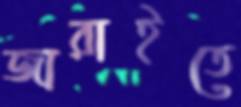
জারাইতে